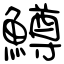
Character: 鱒